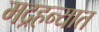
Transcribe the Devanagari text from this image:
मद्रहन्यात